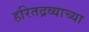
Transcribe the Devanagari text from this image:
हरितद्रव्याच्या